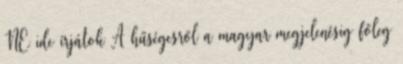
NE ide írjátok A hűségesről a magyar megjelenésig főleg